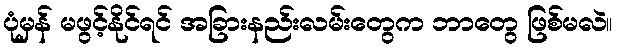
ပုံမှန် မဖွင့်နိုင်ရင် အခြားနည်းလမ်းတွေက ဘာတွေ ဖြစ်မလဲ။